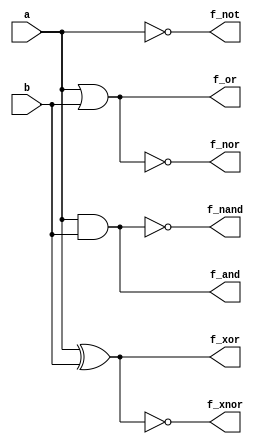
module gates7_dataflow(a,b,f_and,f_or,f_not,f_nand,f_nor,f_xor,f_xnor);
   input a,b;
   output f_and, f_or,f_not,f_nand,f_nor,f_xor,f_xnor;
   assign f_and       = a & b;
   assign f_or         = a | b;
   assign f_not       = ~a;
   assign f_nand    = ~(a & b);
   assign f_nor       = ~(a | b);
   assign f_xor       = a ^ b;
   assign f_xnor    = ~(a ^ b);
endmodule